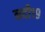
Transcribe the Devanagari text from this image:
नदी१९